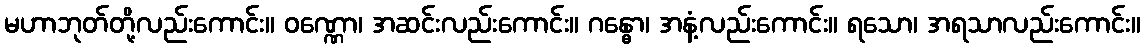
မဟာဘုတ်တို့လည်းကောင်း။ ဝဏ္ဏော၊ အဆင်းလည်းကောင်း။ ဂန္ဓော၊ အနံ့လည်းကောင်း။ ရသော၊ အရသာလည်းကောင်း။